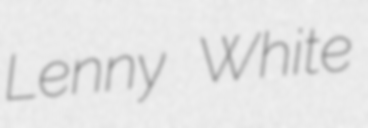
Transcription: Lenny White